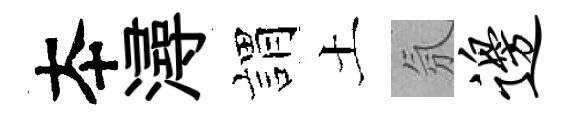
夲潯娟土氛边